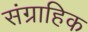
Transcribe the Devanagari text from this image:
संग्राहिक